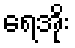
ရေအိုး